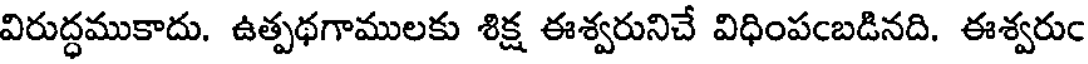
విరుద్ధముకాదు. ఉత్పథగాములకు శిక్ష ఈశ్వరునిచే విధింపంబడినది. ఈశ్వరుం